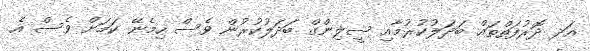
އަދ ދޮރުފަތްތައް ބަދަލުކުރުމާއި ސީލިންގް ބަދަލުކުރުން ވެސް ހިމެނޭ ކަމަށް ވެސް އެ